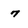
Character: 7